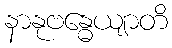
နာနုဗန္ဓေယျာတိ